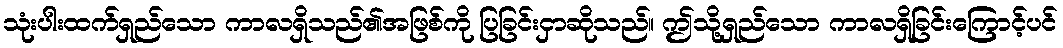
သုံးပါးထက်ရှည်သော ကာလရှိသည်၏အဖြစ်ကို ပြခြင်းငှာဆိုသည်။ ဤသို့ရှည်သော ကာလရှိခြင်းကြောင့်ပင်